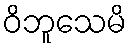
ဝိဘူသေမိ